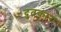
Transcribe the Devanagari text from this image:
दुतकार